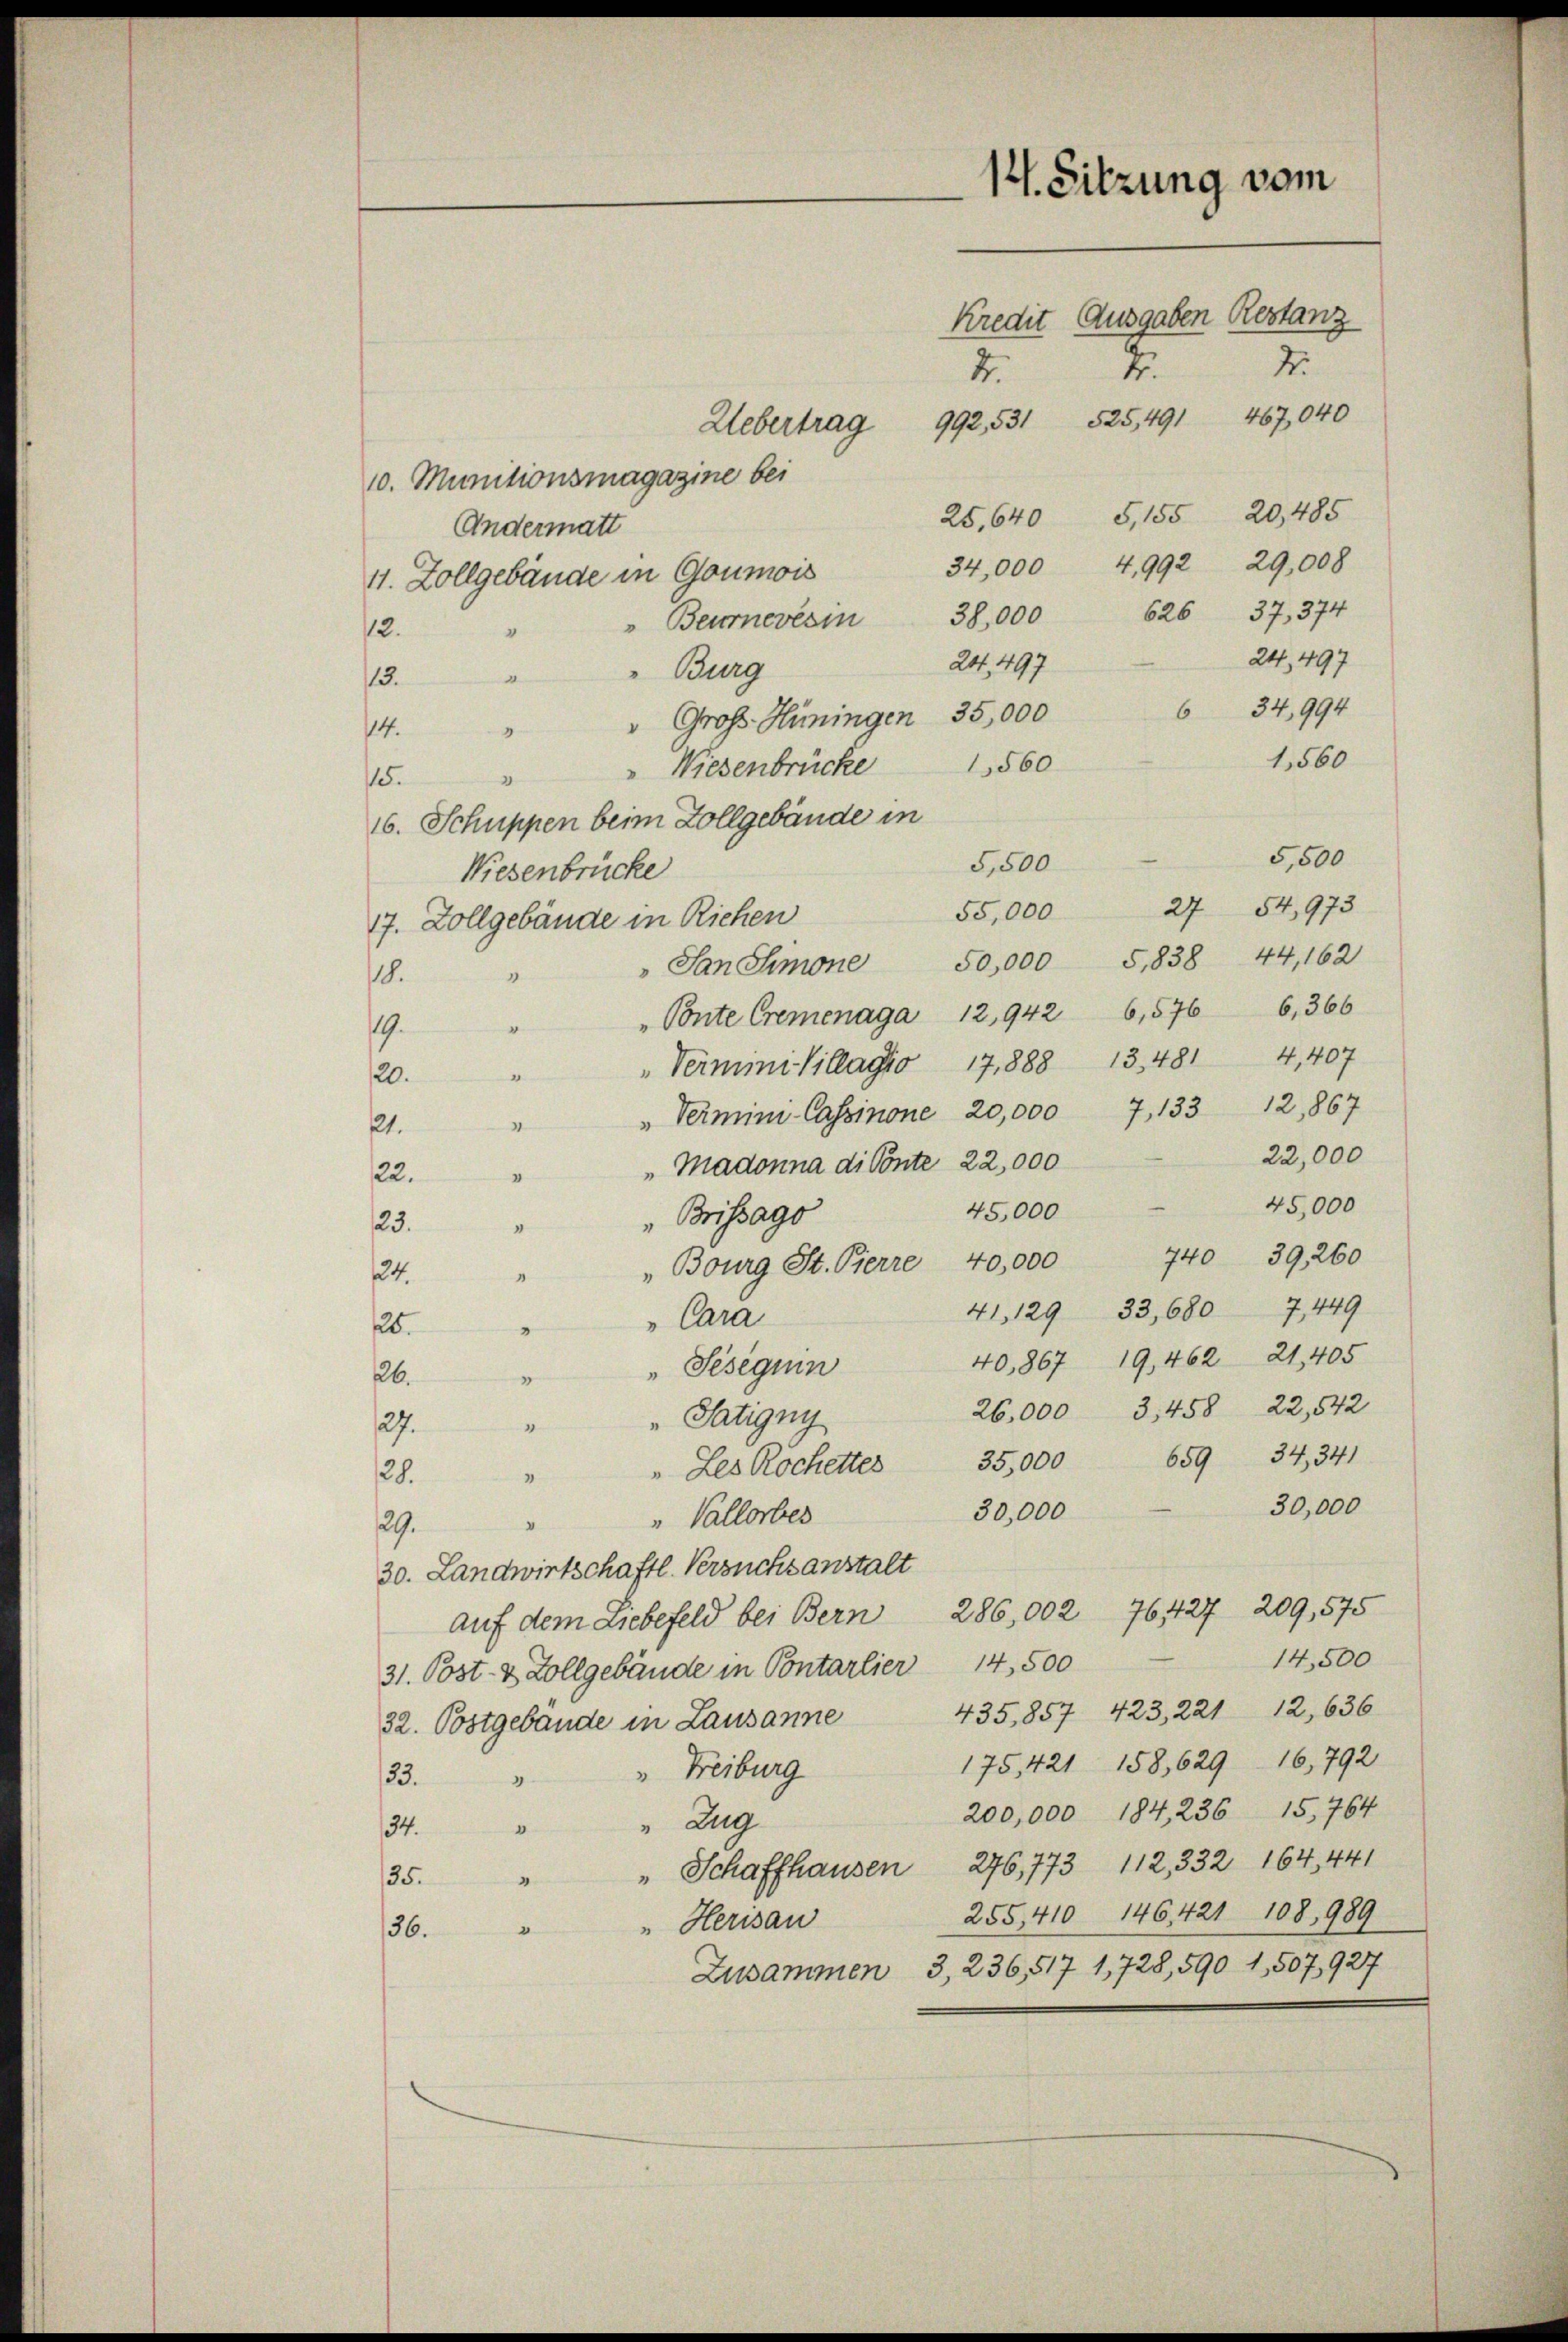
14. Sitzung vom
Kredit Ausgaben Restanz
2.
2
2.
467,040
992, 531 525,491
Uebertrag

10. Munitionsmagazine bei
G,155 20,485
25,640
Andermatt
34,000 4,992 29,008
11. Zollgebäude in Goumois
626 37, 374
" Beurneresin 38,000
12.
24,497
24. 497
"Burg
d
13.
634,994
" Groß-Hüningen 35,000
14.
A
1,560
1560
Wiesenbrücke
15.
16. Schuppen beim Zollgebäude in
5,500
5,500
Wiesenbrücke
27 54,973
55,000
17. Zollgebäude in Richen
"San Simone 50,000 5, 838 44, 162
18.
"Ponte Cremenaga 12,942 6,576 6,366
19.
" Vermini Villagio 17, 888 13, 481 4,407
“
20.
„Vermini-Cassinone 20,000 7, 133 12,867
.
1.
22,000
"Madonna di Conte 22,000
22.
"
45,000
45,000
Brissago
23.
“
" Bourg St. Pierre 40,000 740 39,260
24.
"
41. 129 33, 680 7,449
Cara
25.
3
40,867 19,462 21, 405
"Seseguin
6.
.
26,000 3,458 22,542
"Tatigny
27.
659 34, 341
" Les Rochetter 35,000
28.
30,000
30,000
"Vallorbes
29.
30. Landwirtschaftl. Versuchs anstalt
761427. 209,575
auf dem Liebefeld bei Bern 286,002
14,500
31. Post- & Zollgebäude in Pontarlier 14,500
435,857. 423, 221 12,636
32. Postgebande in Lausanne
175, 421 158,629 16,792
Freiburg
33.
200,000 184, 236 15,764
"Zug
"
34.
" Schaffhausen 276, 773 112, 332. 164, 441
35.
"
255,410 146421 108, 989
Herisau
"
36.
3,236,517 1,728, 590 1,507, 927
Zusammen